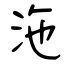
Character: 沲